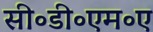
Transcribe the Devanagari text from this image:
सी॰डी॰एम॰ए